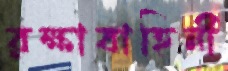
রক্ষাবাহিনী